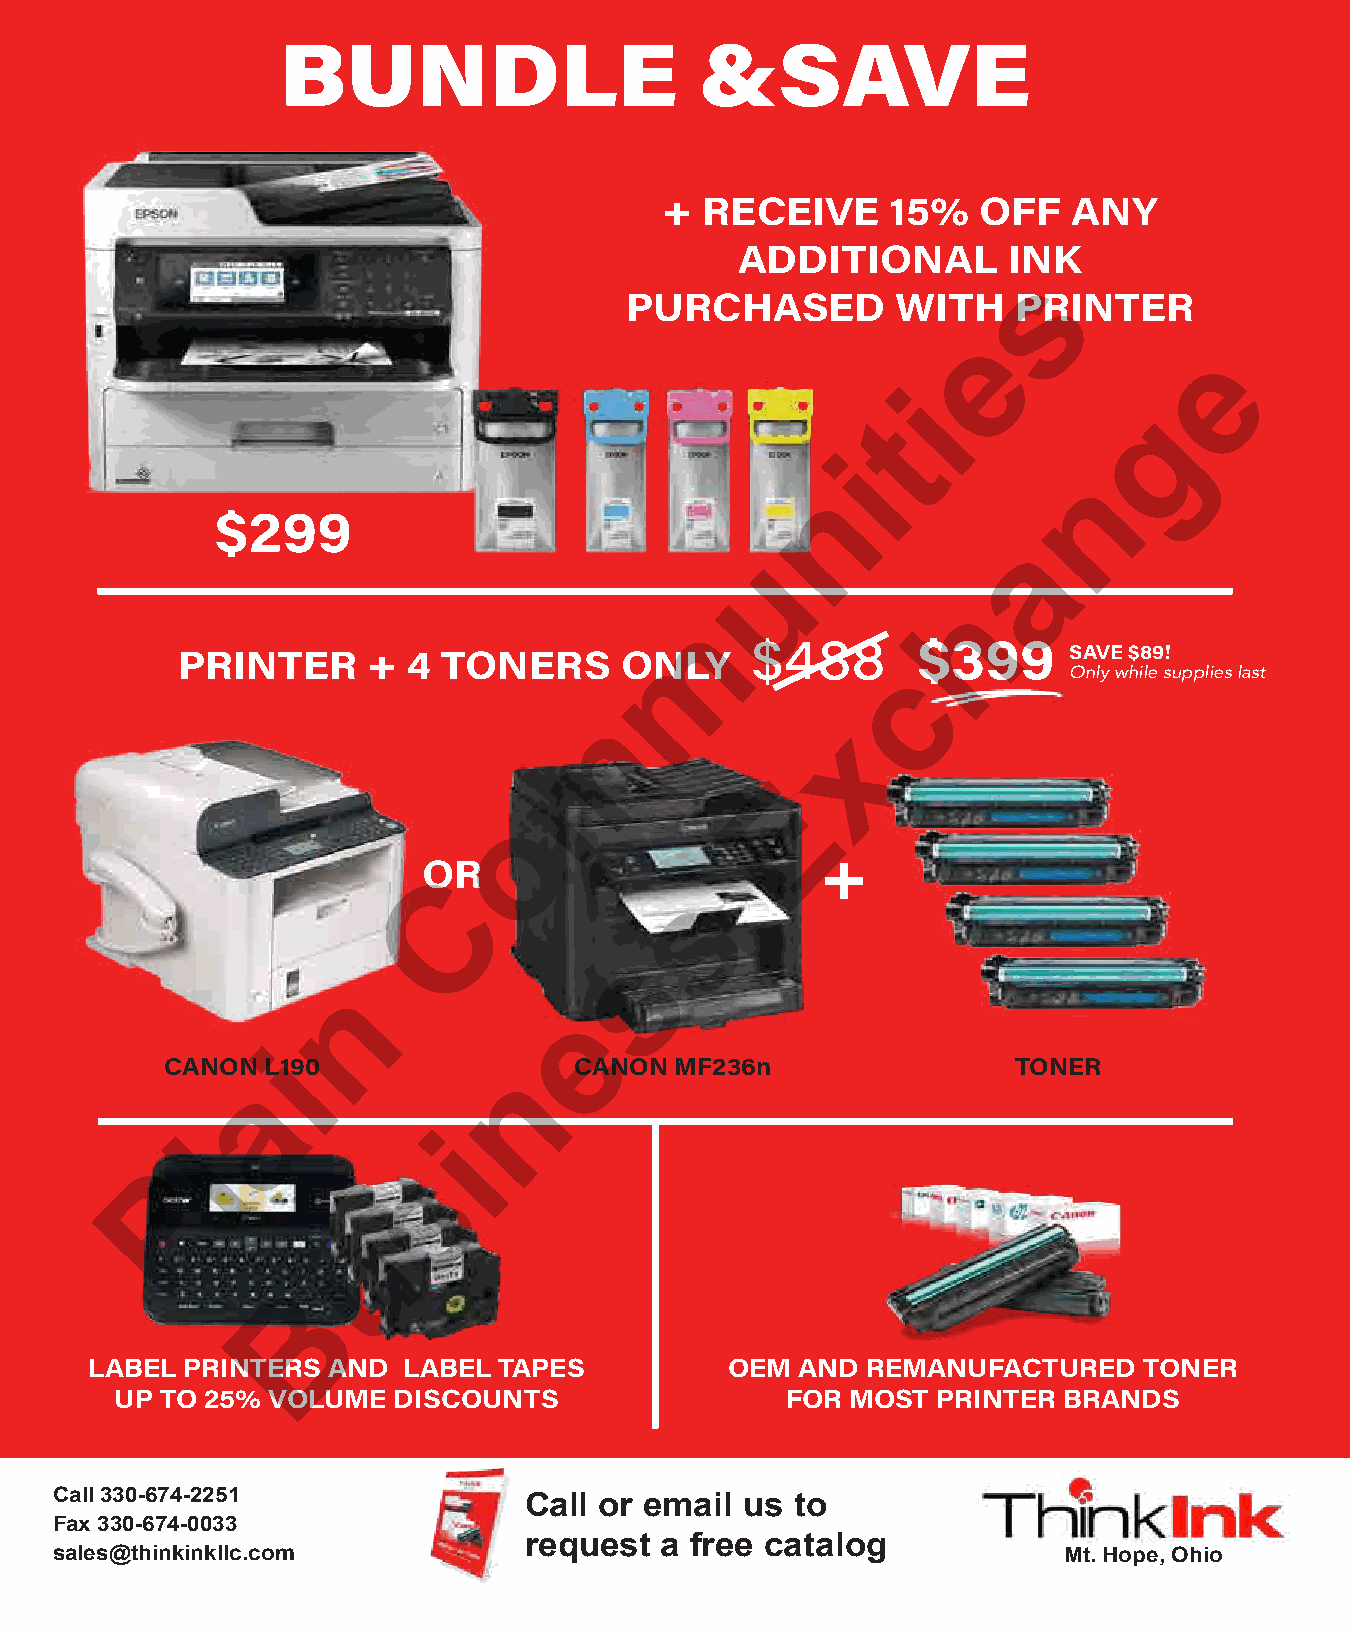
BUNDLE                     &SAVE
 + RECEIVE      15%   OFF   ANY
 ADDITIONAL        INK
 s
 PURCHASED         WITH    PRINTER
 e
 e
 i
 g
 t
 i
 n
 n
 $299
 a
 u
 h
 m
 $488       $399
 PRINTER     +  4 TONERS      ONLY                          SAVE $89!
 c          Only while supplies last
 m
 x
 E
 o
 OR
 +
 C
 s
 s
 n
 e
 i
 CANON  L190                CANON  MF236n                TONER
 n
 a
 i
 l
 s
 P
 u
 B
 LABEL PRINTERS  AND  LABEL TAPES          OEM  AND REMANUFACTURED     TONER
 UP TO 25% VOLUME  DISCOUNTS                 FOR MOST  PRINTER BRANDS
 Call 330-674-2251
 Call or email us  to
 Fax 330-674-0033
 request  a free catalog
 sales@thinkinkllc.com                                             Mt. Hope, Ohio
 210  December 2021 |